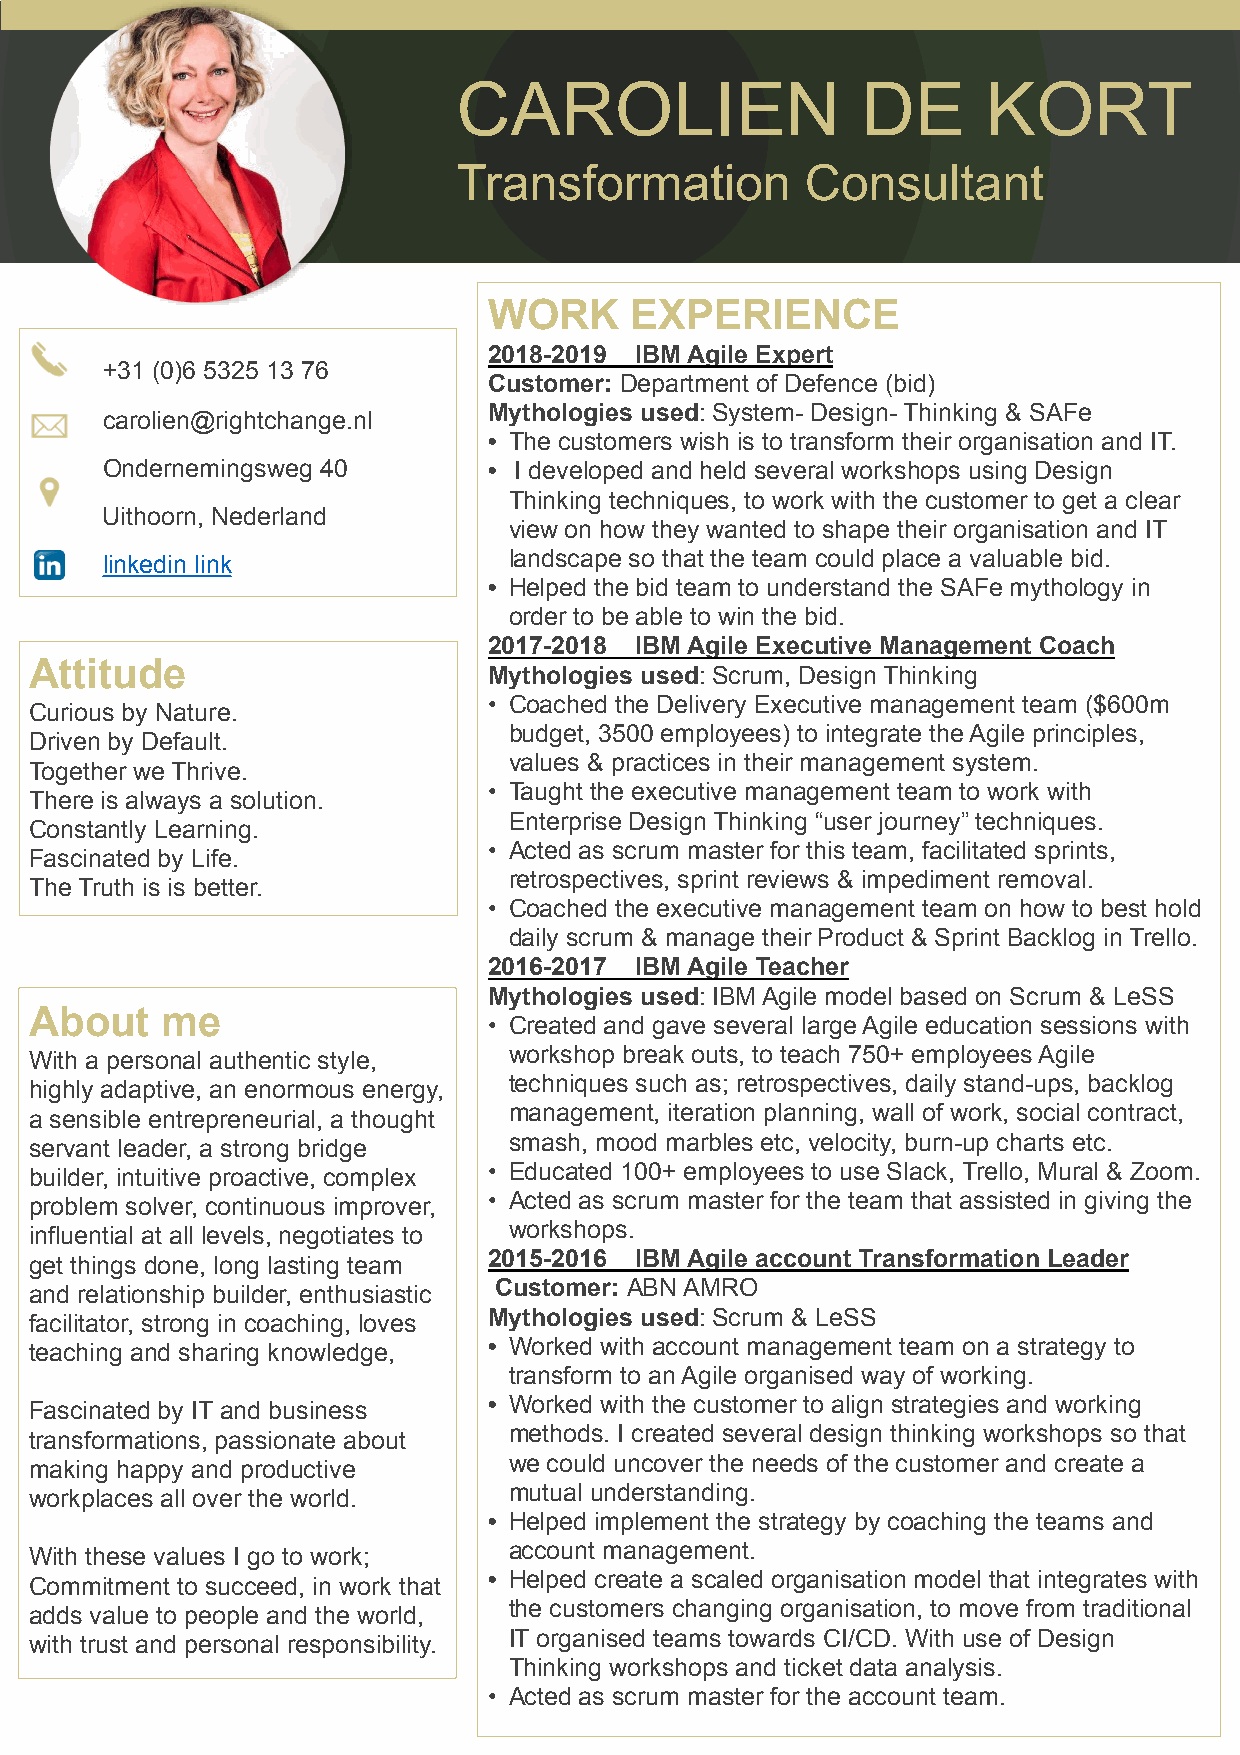
CAROLIEN                   DE      KORT
 Transformation         Consultant
 WORK      EXPERIENCE
 2018-2019 IBM Agile Expert
 +31 (0)6 5325 13 76
 Customer: Department of Defence (bid)
 Mythologies used: System- Design- Thinking & SAFe
 carolien@rightchange.nl
 • The customers wish is to transform their organisation and IT.
 Ondernemingsweg 40       • I developed and held several workshops using Design
 Thinking techniques, to work with the customer to get a clear
 Uithoorn, Nederland
 view on how they wanted to shape their organisation and IT
 linkedin link              landscape so that the team could place a valuable bid.
 • Helped the bid team to understand the SAFe mythology in
 order to be able to win the bid.
 2017-2018 IBM Agile Executive Management Coach
 Attitude
 Mythologies used: Scrum, Design Thinking
 • Coached the Delivery Executive management team ($600m
 Curious by Nature.
 budget, 3500 employees) to integrate the Agile principles,
 Driven by Default.
 values & practices in their management system.
 Together we Thrive.
 • Taught the executive management team to work with
 There is always a solution.
 Enterprise Design Thinking “user journey” techniques.
 Constantly Learning.
 • Acted as scrum master for this team, facilitated sprints,
 Fascinated by Life.
 retrospectives, sprint reviews & impediment removal.
 The Truth is is better.
 • Coached the executive management team on how to best hold
 daily scrum & manage their Product & Sprint Backlog in Trello.
 2016-2017 IBM Agile Teacher
 Mythologies used: IBM Agile model based on Scrum & LeSS
 About    me
 • Created and gave several large Agile education sessions with
 With a personal authentic style, workshop break outs, to teach 750+ employees Agile
 highly adaptive, an enormous energy, techniques such as; retrospectives, daily stand-ups, backlog
 a sensible entrepreneurial, a thought management, iteration planning, wall of work, social contract,
 servant leader, a strong bridge smash, mood marbles etc, velocity, burn-up charts etc.
 builder, intuitive proactive, complex • Educated 100+ employees to use Slack, Trello, Mural & Zoom.
 problem solver, continuous improver, • Acted as scrum master for the team that assisted in giving the
 influential at all levels, negotiates to workshops.
 get things done, long lasting team 2015-2016 IBM Agile account Transformation Leader
 and relationship builder, enthusiastic Customer: ABN AMRO
 facilitator, strong in coaching, loves Mythologies used: Scrum & LeSS
 teaching and sharing knowledge, • Worked with account management team on a strategy to
 transform to an Agile organised way of working.
 Fascinated by IT and business • Worked with the customer to align strategies and working
 transformations, passionate about methods. I created several design thinking workshops so that
 making happy and productive     we could uncover the needs of the customer and create a
 workplaces all over the world.  mutual understanding.
 • Helped implement the strategy by coaching the teams and
 With these values I go to work; account management.
 Commitment to succeed, in work that • Helped create a scaled organisation model that integrates with
 adds value to people and the world, the customers changing organisation, to move from traditional
 with trust and personal responsibility. IT organised teams towards CI/CD. With use of Design
 Thinking workshops and ticket data analysis.
 • Acted as scrum master for the account team.